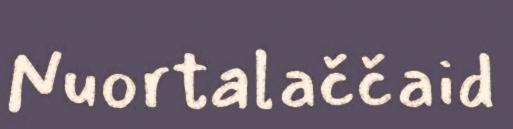
Nuortalaččaid